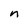
Character: n